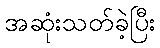
အဆုံးသတ်ခဲ့ပြီး